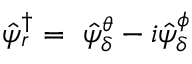
\hat { \psi } _ { r } ^ { \dagger } = \, \, \hat { \psi } _ { \delta } ^ { \theta } - i \hat { \psi } _ { \delta } ^ { \phi }